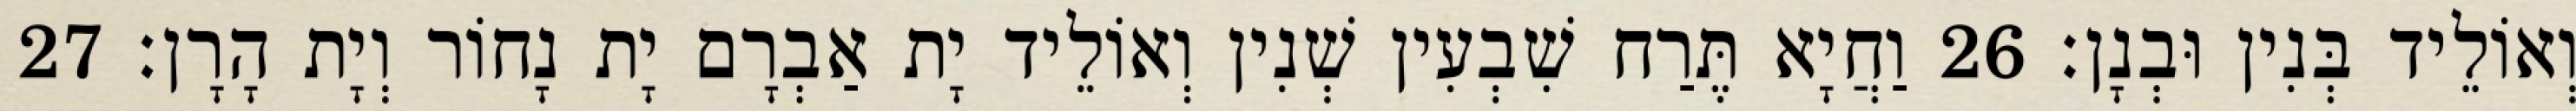
וְאוֹלֵיד בְּנִין וּבְנָן׃ 26 וַחֲיָא תֶּרַח שִׁבְעִין שְׁנִין וְאוֹלֵיד יָת אַבְרָם יָת נָחוֹר וְיָת הָרָן׃ 27